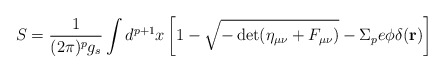
\begin{align*}S=\frac{1}{(2\pi)^p g_s}\int d^{p+1}x\left[1-\sqrt{-\det(\eta_{\mu\nu}+F_{\mu\nu})}-\Sigma_pe\phi\delta({\bf r})\right]\end{align*}